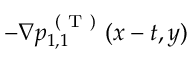
- \nabla p _ { 1 , 1 } ^ { \mathrm { ~ ( ~ T ~ ) ~ } } ( x - t , y )